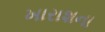
ખારાશના